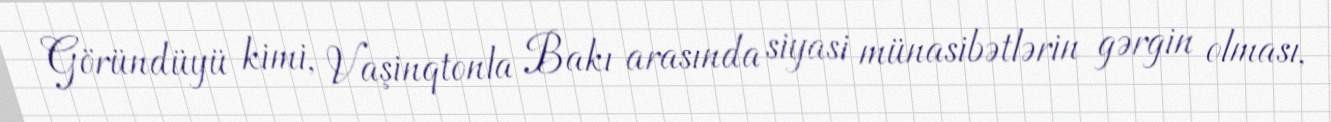
Göründüyü kimi, Vaşinqtonla Bakı arasında siyasi münasibətlərin gərgin olması,